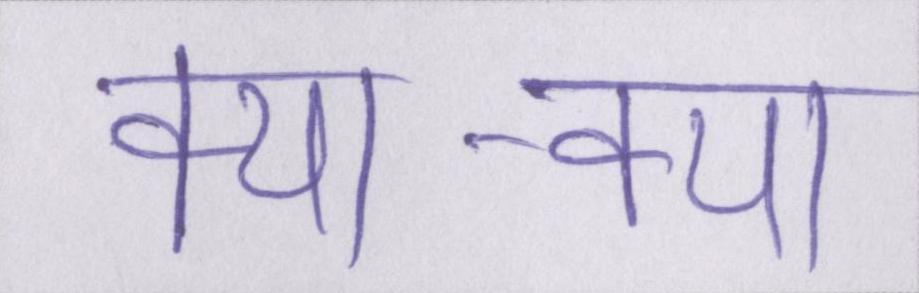
क्या-क्या